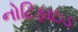
નોટિફાઇડ